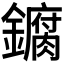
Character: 𫓘